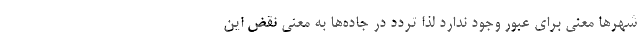
شهرها معنی برای عبور وجود ندارد لذا تردد در جاده‌ها به معنی نقض این